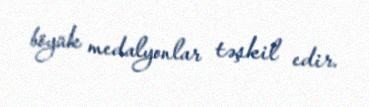
böyük medalyonlar təşkil edir.